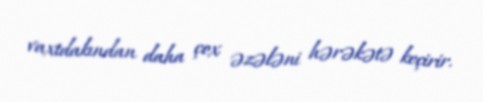
vaxtdakından daha çox əzələni hərəkətə keçirir.